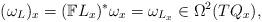
LaTeX: \begin{gather*} ( \omega _L ) _x = ( \mathbb{F} L _x ) ^\ast \omega _x = \omega _{L _x} \in \Omega ^2 ( T Q _x ) ,\end{gather*}